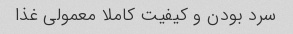
سرد بودن و کیفیت کاملا معمولی غذا